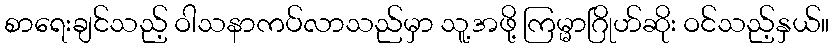
စာရေးချင်သည့် ဝါသနာကပ်လာသည်မှာ သူ့အဖို့ ကြမ္မာဂြိုဟ်ဆိုး ဝင်သည့်နှယ်။